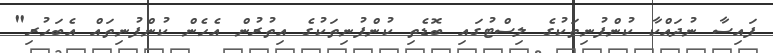
ފައިސާ ނުދައްކާ ކުންފުނިތަކުގެ ލިސްޓުގައި ބޮޑެތި ކުންފުނިތަކުގެ އިތުރުން އެހެން ކުންފުނިތައް އެބަހުރި"